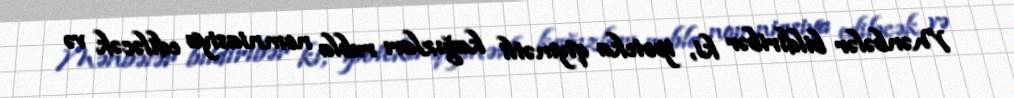
Mənbələr bildiribər ki, ipoteka qiymətli kağızları rubla nomniasiya ediləcək və